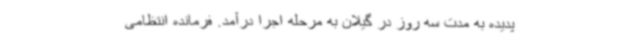
پدیده به مدت سه روز در گیلان به مرحله اجرا درآمد. فرمانده انتظامی